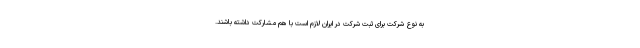
به نوع شرکت برای ثبت شرکت در ایران لازم است با هم مشارکت داشته باشند.